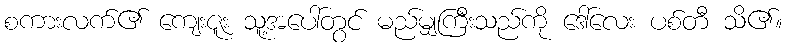
စကားလက်၏ ကျေးဇူး သူ့အပေါ်တွင် မည်မျှကြီးသည်ကို ဒေါ်လေး ပစ်တီ သိ၏။